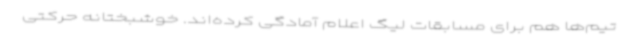
تیم‌ها هم برای مسابقات لیگ اعلام آمادگی کرده‌اند. خوشبختانه حرکتی